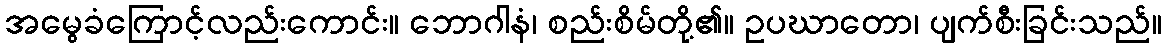
အမွေခံကြောင့်လည်းကောင်း။ ဘောဂါနံ၊ စည်းစိမ်တို့၏။ ဥပဃာတော၊ ပျက်စီးခြင်းသည်။